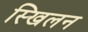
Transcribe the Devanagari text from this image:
स्खिलन